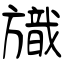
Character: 旘